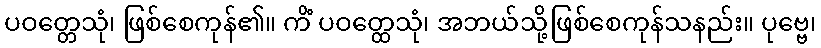
ပဝတ္တေသုံ၊ ဖြစ်စေကုန်၏။ ကိံ ပဝတ္ထေသုံ၊ အဘယ်သို့ဖြစ်စေကုန်သနည်း။ ပုဗ္ဗေ၊